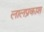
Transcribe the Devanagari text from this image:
लालप्रकाश